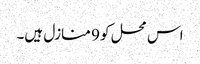
اس محل کو 9 منازل ہیں۔